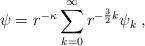
LaTeX: \begin{align*}\psi=r^{-\kappa}\sum_{k=0}^\infty r^{-\frac{3}{2}k}\psi_k\;,\end{align*}